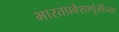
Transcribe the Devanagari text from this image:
भारतप्रवेशापूंर्वीच्या